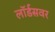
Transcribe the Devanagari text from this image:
लॉर्डसवर